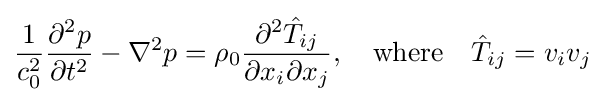
{\frac {1}{c_{0}^{2}}}{\frac {\partial ^{2}p}{\partial t^{2}}}-\nabla ^{2}p=\rho _{0}{\frac {\partial ^{2}{\hat {T}}_{ij}}{\partial x_{i}\partial x_{j}}},\quad {\text{where}}\quad {\hat {T}}_{ij}=v_{i}v_{j}